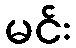
မင်း